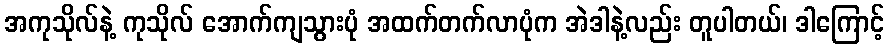
အကုသိုလ်နဲ့ ကုသိုလ် အောက်ကျသွားပုံ အထက်တက်လာပုံက အဲဒါနဲ့လည်း တူပါတယ်၊ ဒါကြောင့်